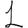
Digit: 1